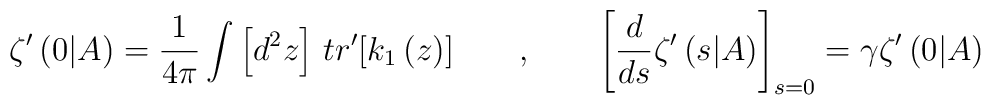
\zeta ^{\prime }\left( 0|A\right) =\frac{1}{4\pi }\int \left[d^{2}z\right] \,tr'[k_{1}\left( z\right)] \qquad ,\qquad \left[ \frac{d}{ds}\zeta^{\prime }\left( s|A\right) \right] _{s=0}=\gamma \zeta ^{\prime }\left(0|A\right)